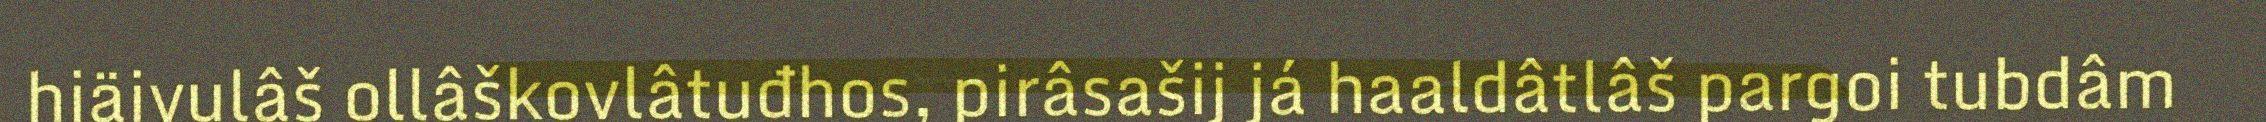
hiäivulâš ollâškovlâtuđhos, pirâsašij já haaldâtlâš pargoi tubdâm